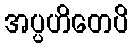
အပ္ပဟိတေပိ